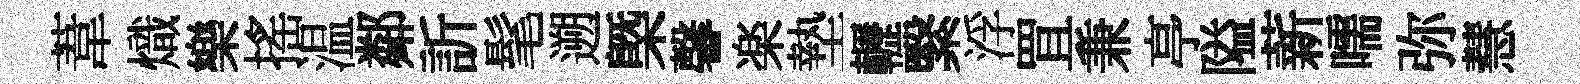
葦熾樂搖温鄰訢髦遡槩馨楽墊轣繄浮罝兼亭隘薪嚅弥慧